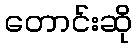
တောင်းဆို